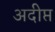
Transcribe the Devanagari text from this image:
अदीप्त